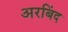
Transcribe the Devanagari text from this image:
अरबिंद